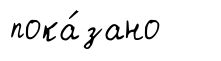
пока́зано